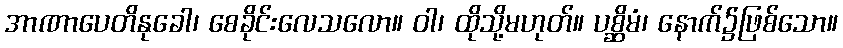
အာဏာပေတိနုခေါ၊ စေခိုင်းလေသလော။ ဝါ၊ ထိုသို့မဟုတ်။ ပစ္ဆိမံ၊ နောက်၌ဖြစ်သော။